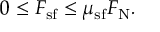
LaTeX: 0 \leq F _ { \mathrm { s f } } \leq \mu _ { \mathrm { s f } } F _ { \mathrm { N } } .